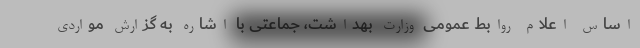
اساس اعلام روابط عمومی وزارت بهداشت، جماعتی با اشاره به گزارش مواردی